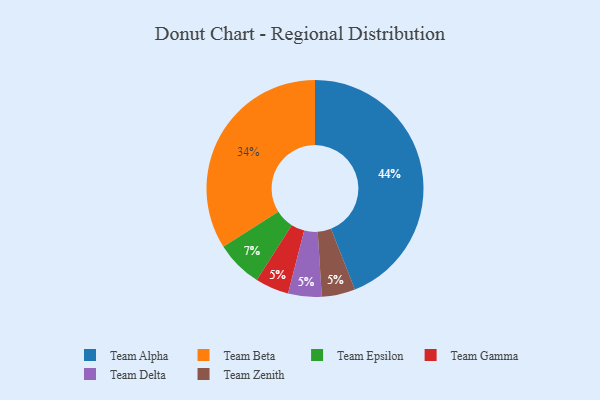
{"axis": {"x": "Category", "y": "Percentage"}, "legend": ["Team Alpha", "Team Beta", "Team Delta", "Team Epsilon", "Team Gamma", "Team Zenith"], "data": [{"x": "Team Alpha", "y": 44, "type": "Team Alpha"}, {"x": "Team Gamma", "y": 5, "type": "Team Gamma"}, {"x": "Team Beta", "y": 34, "type": "Team Beta"}, {"x": "Team Delta", "y": 5, "type": "Team Delta"}, {"x": "Team Epsilon", "y": 7, "type": "Team Epsilon"}, {"x": "Team Zenith", "y": 5, "type": "Team Zenith"}]}